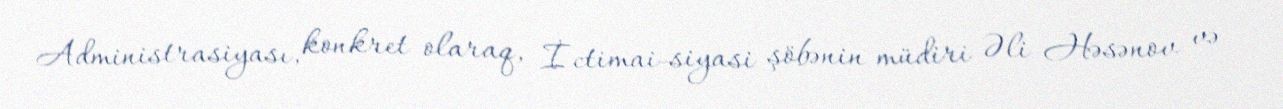
Administrasiyası, konkret olaraq, İctimai-siyasi şöbənin müdiri Əli Həsənov və